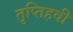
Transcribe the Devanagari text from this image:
तृप्तिहवी